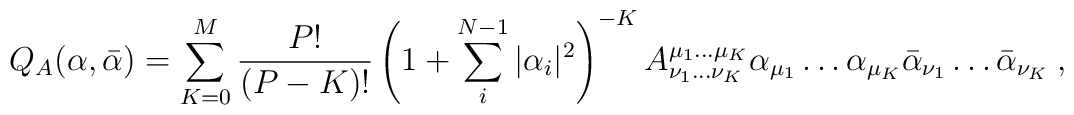
Q_{A}(\alpha,\bar{\alpha})=\sum_{K=0}^{M}\frac{P!}{(P-K)!}\left(1+\sum_{i}^{N-1}|\alpha_{i}|^{2}\right)^{-K}A^{\mu_{1}\ldots\mu_{K}}_{\nu_{1}\ldots\nu_{K}}\alpha_{\mu_{1}}\ldots\alpha_{\mu_{K}}\bar{\alpha}_{\nu_{1}}\ldots\bar{\alpha}_{\nu_{K}}\:,